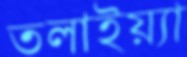
তলাইয়্যা